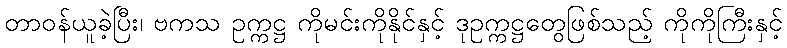
တာဝန်ယူခဲ့ပြီး၊ ဗကသ ဥက္ကဋ္ဌ ကိုမင်းကိုနိုင်နှင့် ဒုဥက္ကဋ္ဌတွေဖြစ်သည့် ကိုကိုကြီးနှင့်